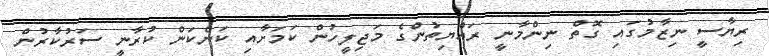
ރިޔާސީ ނިޒާމުގައި ގޮތް ނިންމާނީ ރައްޔިތުންގެ މަޖިލީހުން ކަމަށާއި ކަންކަން ކުރާނީ ސަރުކާރުން